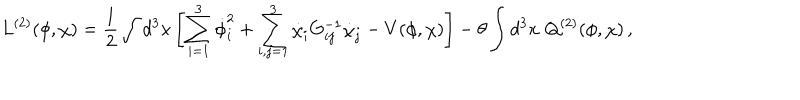
L ^ { ( 2 ) } ( \phi , \chi ) = \frac { 1 } { 2 } \int d ^ { 3 } x \left[ \sum _ { i = 1 } ^ { 3 } \dot { \phi } _ { i } ^ { 2 } + \sum _ { i , j = 1 } ^ { 3 } \dot { \chi } _ { i } G _ { i j } ^ { - 1 } \dot { \chi } _ { j } - V ( \phi , \chi ) \right] - \theta \int d ^ { 3 } x \, \, Q ^ { ( 2 ) } ( \phi , \chi ) \, ,